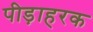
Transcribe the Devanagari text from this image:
पीड़ाहरक